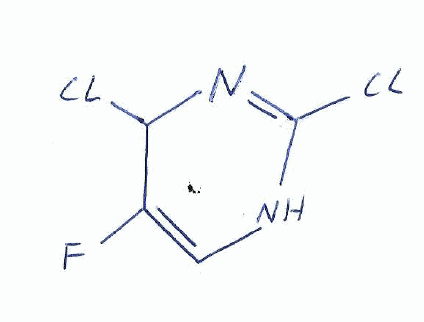
Simplified molecular-input line-entry system (SMILES) notation of the given molecule:
C1=C(C(N=C(N1)Cl)Cl)F